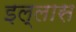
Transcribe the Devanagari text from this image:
इल्लास